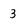
Character: 3